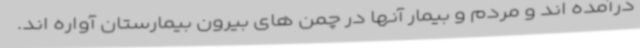
درآمده اند و مردم و بیمار آنها در چمن های بیرون بیمارستان آواره اند.